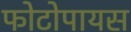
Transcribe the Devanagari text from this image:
फोटोपायस